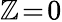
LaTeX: \mathbb{Z}\! =\! 0